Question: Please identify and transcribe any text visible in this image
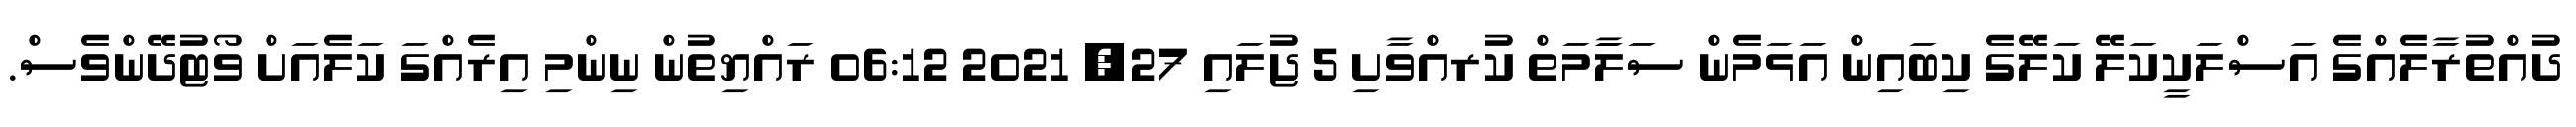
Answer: ދުއްތުރާލެއްގެ އަސްލަކީކަލޭ ކަލޭގެ ކިބައިން އަޅަމެން ސަލަާމަތް ކުރއްވާށި 5 ޖުލައި 27, 2021 06:12 ރައްޔިތުން ނިންމި އިރެއްގަ ކަލެއަށް ވޯޓުދޭންވެސް.